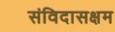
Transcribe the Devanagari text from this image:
संविदासक्षम